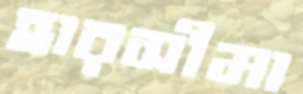
হারসীমা